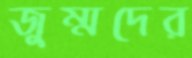
জুম্মদের